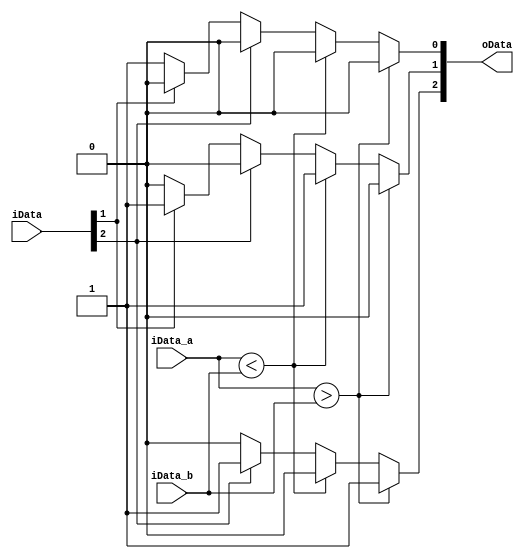
`timescale 1ns / 1ps
//////////////////////////////////////////////////////////////////////////////////
// Company: 
// Engineer: 
// 
// Design Name: 
// Module Name: DataCompare4
// Project Name: 
// Target Devices: 
// Tool Versions: 
// Description: 
// 
// Dependencies: 
// 
// Revision:
// Revision 0.01 - File Created
// Additional Comments:
// 
//////////////////////////////////////////////////////////////////////////////////


module DataCompare4(
    input [3:0] iData_a,
    input [3:0] iData_b,
    input [2:0] iData,
    output [2:0] oData
    );
    reg [2:0] temp;
    always @(iData or iData_a or iData_b)
    begin
        if(iData_a>iData_b)
        begin
            temp[2]=1;
            temp[1]=0;
            temp[0]=0;
        end
        else if(iData_a<iData_b)
        begin
            temp[2]=0;
            temp[1]=1;
            temp[0]=0;
        end
        else
        begin
            if(iData[2]==1)
            begin
                temp[2]=1;
                temp[1]=0;
                temp[0]=0;
            end
            else if(iData[1]==1)
            begin
                temp[2]=0;
                temp[1]=1;
                temp[0]=0;
            end
            else
            begin
                temp[2]=0;
                temp[1]=0;
                temp[0]=1;
            end
        end
    end
    assign oData=temp;
endmodule